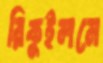
রিকুইলমে